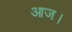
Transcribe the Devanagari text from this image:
आज।